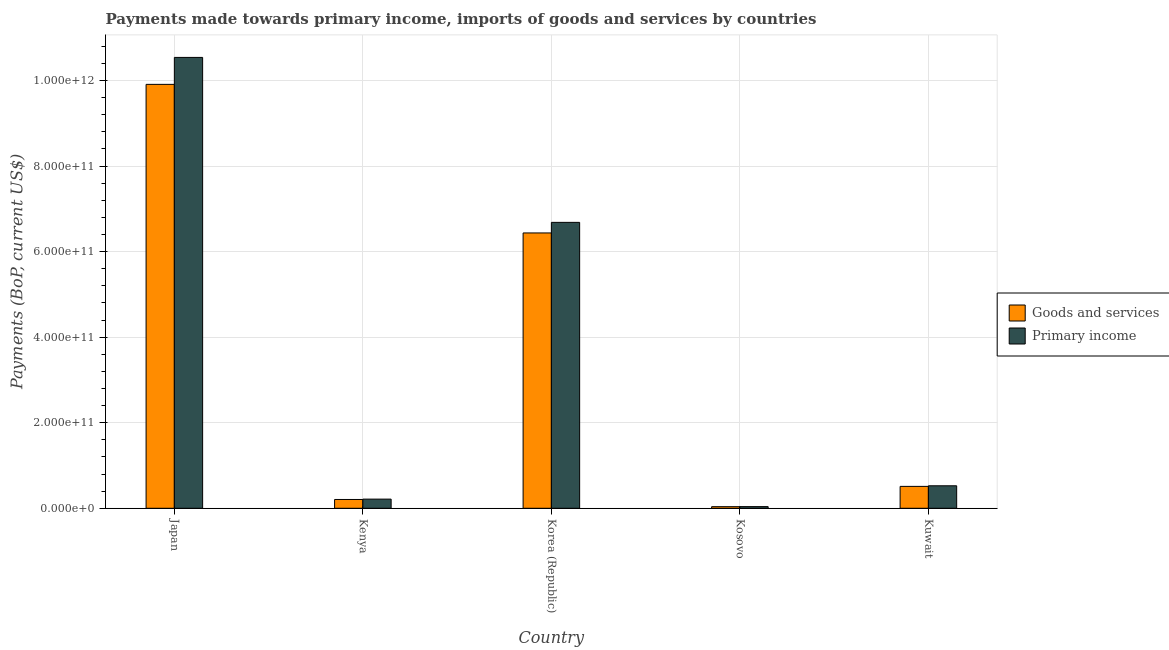
| Country | Goods and services | Primary income |
 | --- | --- | --- |
 | Japan | 9.91e+11 | 1.05e+12 |
 | Kenya | 2.05e+10 | 2.14e+10 |
 | Korea (Republic) | 6.44e+11 | 6.68e+11 |
 | Kosovo | 3.73e+09 | 3.86e+09 |
 | Kuwait | 5.12e+10 | 5.26e+10 |